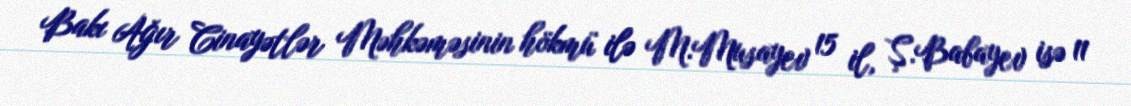
Bakı Ağır Cinayətlər Məhkəməsinin hökmü ilə M.Musayev 15 il, Ş.Babayev isə 11